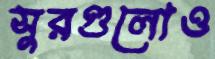
সুরগুলোও